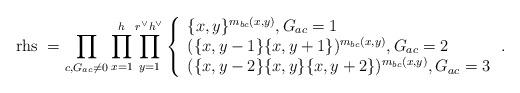
LaTeX: \begin{align*}\mathrm{rhs\ }=\prod_{c, G_{ac}\neq 0}\prod_{x=1}^{h}\prod_{y=1}^{r^{\vee}h^{\vee}}\left\{\begin{array}{l}\{x,y\}^{m_{bc}(x,y)}, G_{ac}=1 \\(\{x,y-1\}\{x,y+1\})^{m_{bc}(x,y)}, G_{ac}=2 \\(\{x,y-2\}\{x,y\}\{x,y+2\})^{m_{bc}(x,y)}, G_{ac}=3\end{array} \right. .\end{align*}